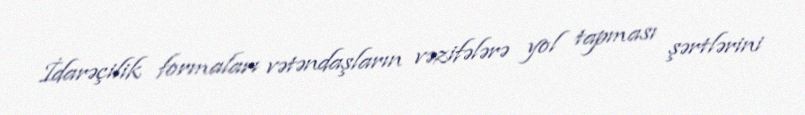
İdarəçilik formaları vətəndaşların vəzifələrə yol tapması şərtlərini